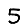
Digit: 5